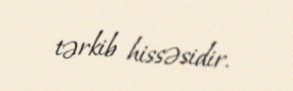
tərkib hissəsidir.